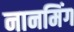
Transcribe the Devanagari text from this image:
नानमिंग